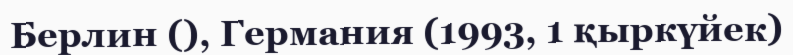
Берлин (), Германия (1993, 1 қыркүйек)